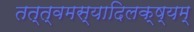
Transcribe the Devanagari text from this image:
तत्त्वमस्यादिलक्ष्यम्